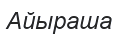
Айыраша